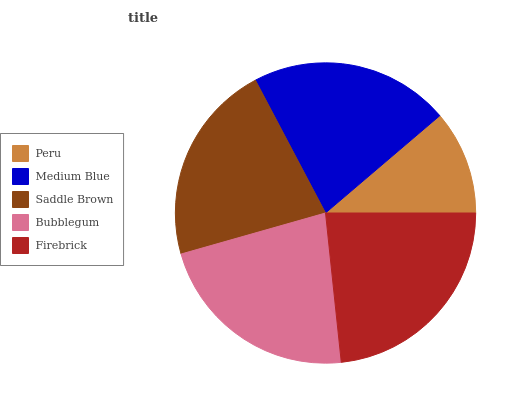
| Peru | Medium Blue | Saddle Brown | Bubblegum | Firebrick |
 | --- | --- | --- | --- | --- |
 | 11.2% | 21.5% | 21.6% | 22.3% | 23.4% |